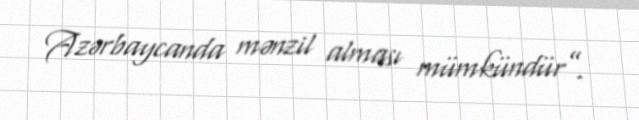
Azərbaycanda mənzil alması mümkündür”.